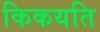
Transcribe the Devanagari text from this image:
किकयति